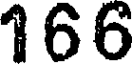
166